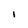
Character: i